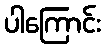
ပါကြောင်း